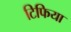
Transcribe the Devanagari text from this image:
टिफिया